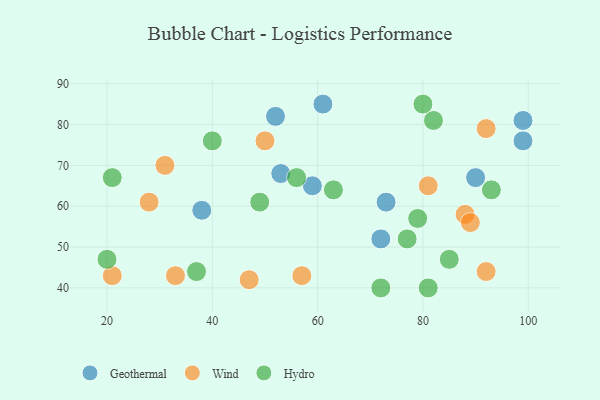
{"axis": {"x": "GDP", "y": "Life Expectancy"}, "legend": ["Geothermal", "Hydro", "Wind"], "data": [{"x": "99", "y": 76, "type": "Geothermal"}, {"x": "72", "y": 52, "type": "Geothermal"}, {"x": "73", "y": 61, "type": "Geothermal"}, {"x": "38", "y": 59, "type": "Geothermal"}, {"x": "59", "y": 65, "type": "Geothermal"}, {"x": "53", "y": 68, "type": "Geothermal"}, {"x": "52", "y": 82, "type": "Geothermal"}, {"x": "99", "y": 81, "type": "Geothermal"}, {"x": "61", "y": 85, "type": "Geothermal"}, {"x": "90", "y": 67, "type": "Geothermal"}, {"x": "57", "y": 43, "type": "Wind"}, {"x": "28", "y": 61, "type": "Wind"}, {"x": "33", "y": 43, "type": "Wind"}, {"x": "31", "y": 70, "type": "Wind"}, {"x": "21", "y": 43, "type": "Wind"}, {"x": "47", "y": 42, "type": "Wind"}, {"x": "88", "y": 58, "type": "Wind"}, {"x": "81", "y": 65, "type": "Wind"}, {"x": "92", "y": 44, "type": "Wind"}, {"x": "89", "y": 56, "type": "Wind"}, {"x": "92", "y": 79, "type": "Wind"}, {"x": "50", "y": 76, "type": "Wind"}, {"x": "37", "y": 44, "type": "Hydro"}, {"x": "82", "y": 81, "type": "Hydro"}, {"x": "40", "y": 76, "type": "Hydro"}, {"x": "49", "y": 61, "type": "Hydro"}, {"x": "21", "y": 67, "type": "Hydro"}, {"x": "80", "y": 85, "type": "Hydro"}, {"x": "72", "y": 40, "type": "Hydro"}, {"x": "85", "y": 47, "type": "Hydro"}, {"x": "20", "y": 47, "type": "Hydro"}, {"x": "81", "y": 40, "type": "Hydro"}, {"x": "63", "y": 64, "type": "Hydro"}, {"x": "56", "y": 67, "type": "Hydro"}, {"x": "77", "y": 52, "type": "Hydro"}, {"x": "93", "y": 64, "type": "Hydro"}, {"x": "79", "y": 57, "type": "Hydro"}]}